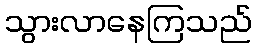
သွားလာနေကြသည်